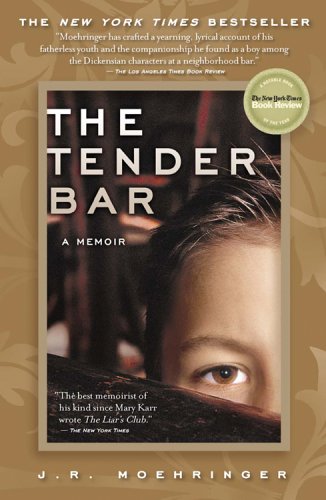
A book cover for The Tender Bar: A Memoir; J. R. Moehringer; Biographies & Memoirs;